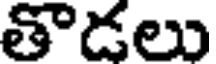
తొడలు